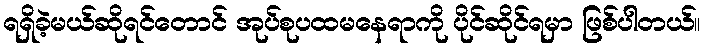
ရရှိခဲ့မယ်ဆိုရင်တောင် အုပ်စုပထမနေရာကို ပိုင်ဆိုင်ရမှာ ဖြစ်ပါတယ်။